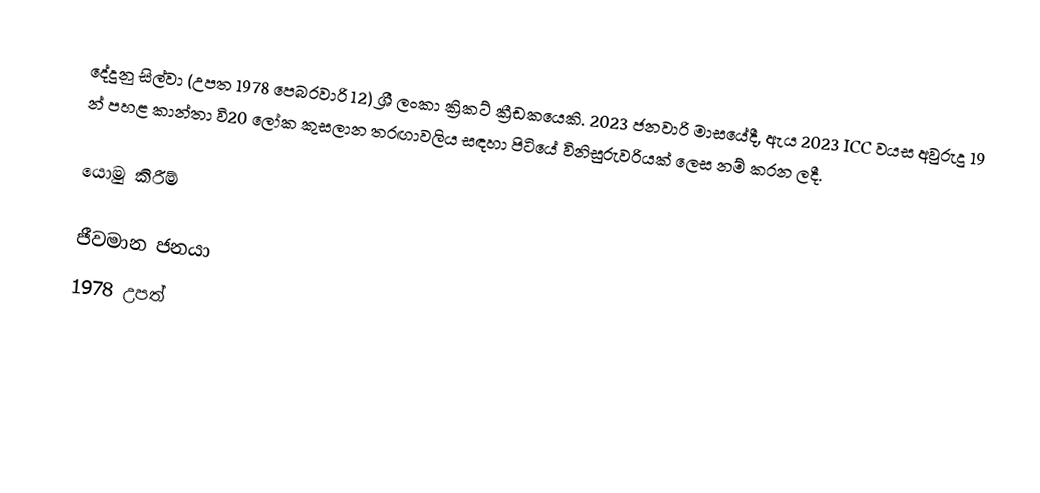
දේදුනු සිල්වා (උපත 1978 පෙබරවාරි 12) ශ්‍රී ලංකා ක්‍රිකට් ක්‍රීඩකයෙකි. 2023 ජනවාරි මාසයේදී, ඇය 2023 ICC වයස අවුරුදු 19 න් පහළ කාන්තා වි20 ලෝක කුසලාන තරඟාවලිය සඳහා පිටියේ විනිසුරුවරියක් ලෙස නම් කරන ලදී.

යොමු කිරීම්

ජීවමාන ජනයා
1978 උපත්